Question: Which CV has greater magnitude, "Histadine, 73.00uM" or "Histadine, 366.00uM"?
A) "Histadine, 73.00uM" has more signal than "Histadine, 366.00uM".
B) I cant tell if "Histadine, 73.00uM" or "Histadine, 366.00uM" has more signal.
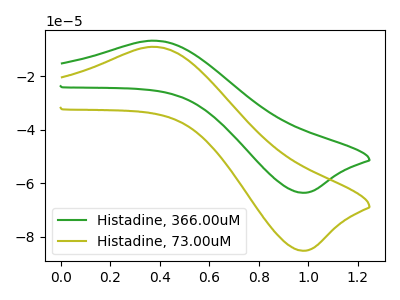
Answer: <think>The green curve "Histadine, 366.00uM" has an anodic peak at (0.35V, -6.75uA) and a cathodic peak at (0.95V, -63.60uA). The olive curve "Histadine, 73.00uM" has an anodic peak at (0.35V, -9.05uA) and a cathodic peak at (0.95V, -85.25uA).
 All the peaks in "Histadine, 73.00uM" have a peak in "Histadine, 366.00uM" at the same potential.</think>
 <answer>B) I cant tell if "Histadine, 73.00uM" or "Histadine, 366.00uM" has more signal.</answer>
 <eval>B</eval>